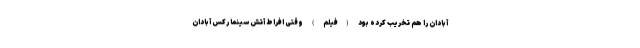
آبادان را هم تخریب کرده بود (فیلم) وقتی افراط آتش سینما رکس آبادان